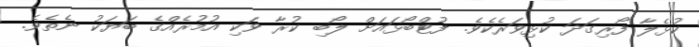
ކުޅެލާ ފޯރިގަދަ ކުޅިވަރެކެވެ. ފުޓްބޯޅައަށް ލޯބި ކުރާ ވަކި އުމުރެއްގެ ބަޔަކު ނެތެވެ.